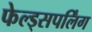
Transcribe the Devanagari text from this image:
फेल्ड्सपर्लिंग